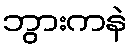
ဘွားကနဲ